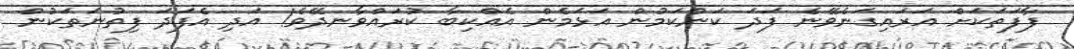
ފާފަތަކަށް އަރައިގަނެވޭނެ ފަދަ ކަންކަމުން އަޅަމެން އެއްކިބާ ކުރައްވާނދޭވެ! އަދި އެފަދަ ފިތުނަތަކުން